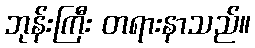
ဘုန်းကြီး တရားနာသည်။